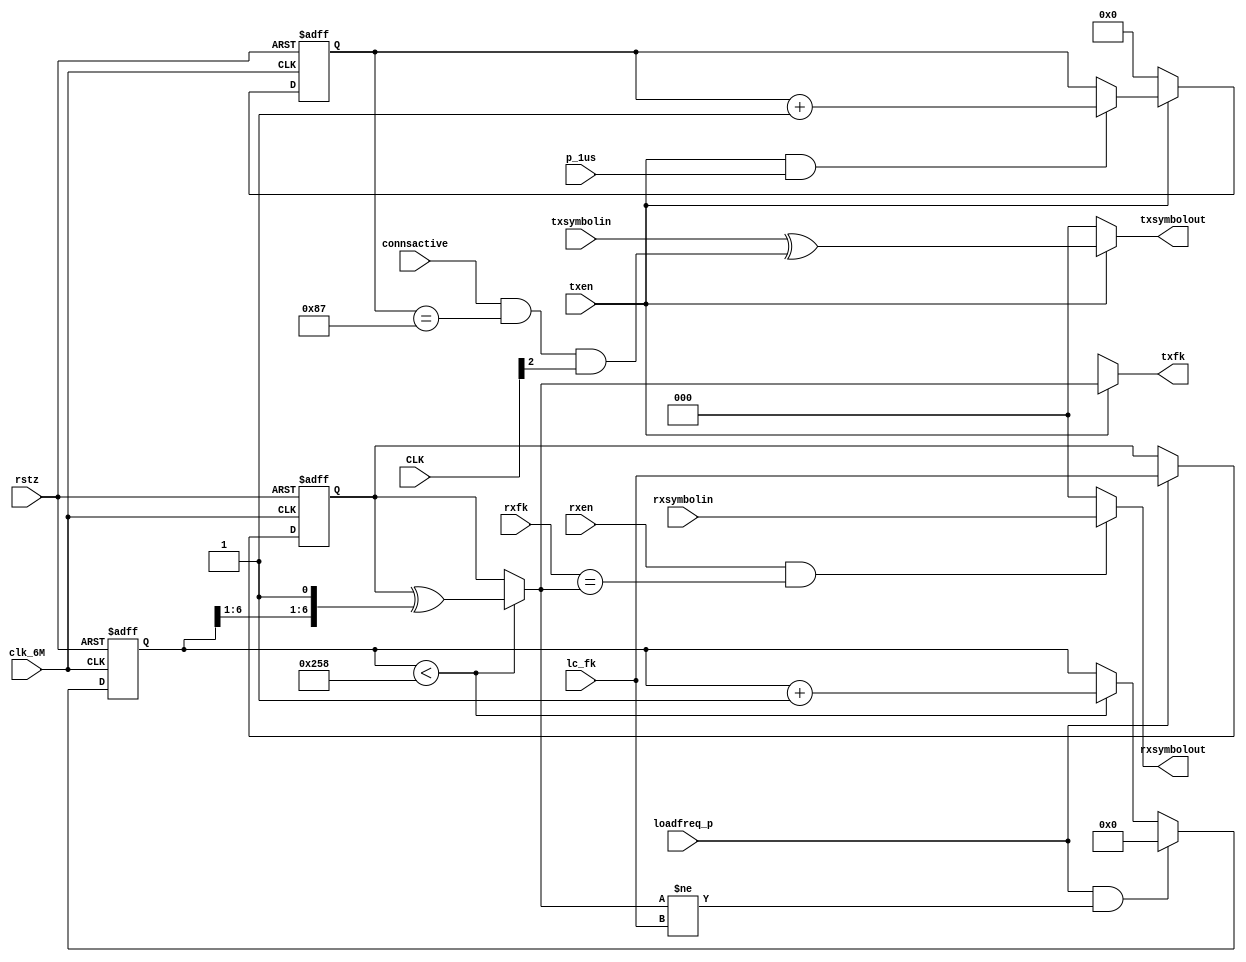
//
// 2019/07/12
// BT radio behavoir model
// freq = 2042+k Mhz
// GFSK : +-300Khz
// 

module BTradio(
clk_6M, rstz, p_1us,
connsactive, CLK,
txsymbolin, rxsymbolin,
txen, rxen,
lc_fk, rxfk,
loadfreq_p,
//
txsymbolout, rxsymbolout,
txfk

);

input clk_6M, rstz, p_1us;
input connsactive;
input [27:0] CLK;
input [2:0] txsymbolin, rxsymbolin;
input txen, rxen;
input [6:0] lc_fk, rxfk;
input loadfreq_p;
//
output [2:0] txsymbolout, rxsymbolout;
output [6:0] txfk;
//
parameter PLL_SetUp_Time = 600; // 100us

//
reg [6:0] pllload_fk;
always @(posedge clk_6M or negedge rstz)
  begin
    if (!rstz)
      pllload_fk <= 0;
    else if ( loadfreq_p)
      pllload_fk <= lc_fk;
  end

// simulate pll locking time
wire [6:0] pll_fk;
wire plllocking;
reg [9:0] pllcnt;
always @(posedge clk_6M or negedge rstz)
  begin
    if (!rstz)
      pllcnt <= 0;
    else if (loadfreq_p & (pll_fk!=lc_fk))
      pllcnt <= 0;
    else if (plllocking)
      pllcnt <= pllcnt+1'b1;
  end
assign plllocking = pllcnt < PLL_SetUp_Time;

assign pll_fk = plllocking ? pllload_fk ^ {pllcnt[6:1],1'b1} : pllload_fk;

assign rxsymbolout = rxen & (rxfk==pll_fk) ? rxsymbolin : 3'b0;

assign txfk = txen ? pll_fk : 7'hx;

wire biterr;
assign txsymbolout = txen ? txsymbolin^{2'b0,biterr} : 3'b0;

//
// for test re-tx
reg [10:0] bitcnt;
always @(posedge clk_6M or negedge rstz)
  begin
    if (!rstz)
      bitcnt <= 0;
    else if (!txen)
      bitcnt <= 0;
    else if (txen & p_1us)
      bitcnt <= bitcnt+1'b1;
  end

assign biterr = connsactive & bitcnt==11'd135 & CLK[2];



endmodule